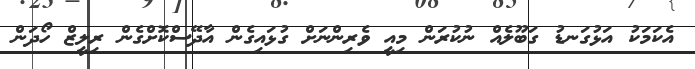
އެކަމަކު އަޅުގަނޑު ގަބޫލެއް ނުކުރަން މިއީ ވެރިންނަށް ގުޅައިގެން އާދޭސްކޮށްގެން ރިލީޒް ހޯދަން